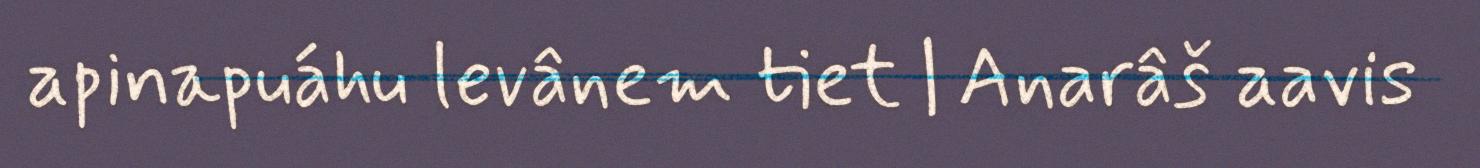
apinapuáhu levânem tiet | Anarâš aavis